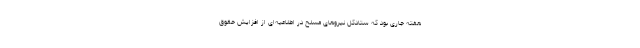
هفته جاری بود که ستادکل نیروهای مسلح در اطلاعیه‌ای از افزایش حقوق